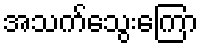
အသက်သွေးကြော